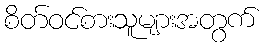
စိတ်ဝင်စားသူများအတွက်